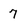
Character: 7